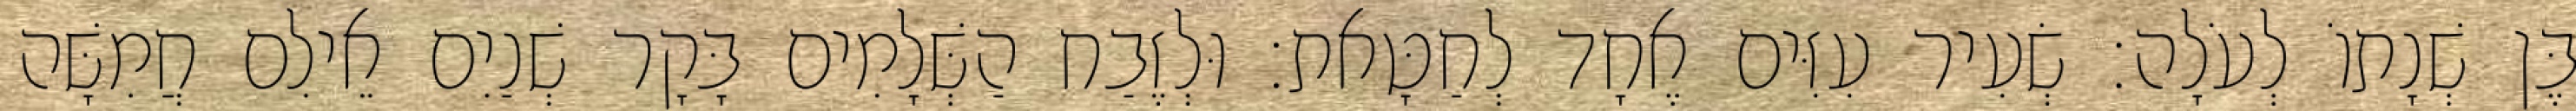
בֶּן שְׁנָתוֹ לְעֹלָה׃ שְׂעִיר עִזִּים אֶחָד לְחַטָּאת׃ וּלְזֶבַח הַשְּׁלָמִים בָּקָר שְׁנַיִם אֵילִם חֲמִשָּׁה